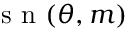
\mathrm { ~ s ~ n ~ } ( \theta , m )